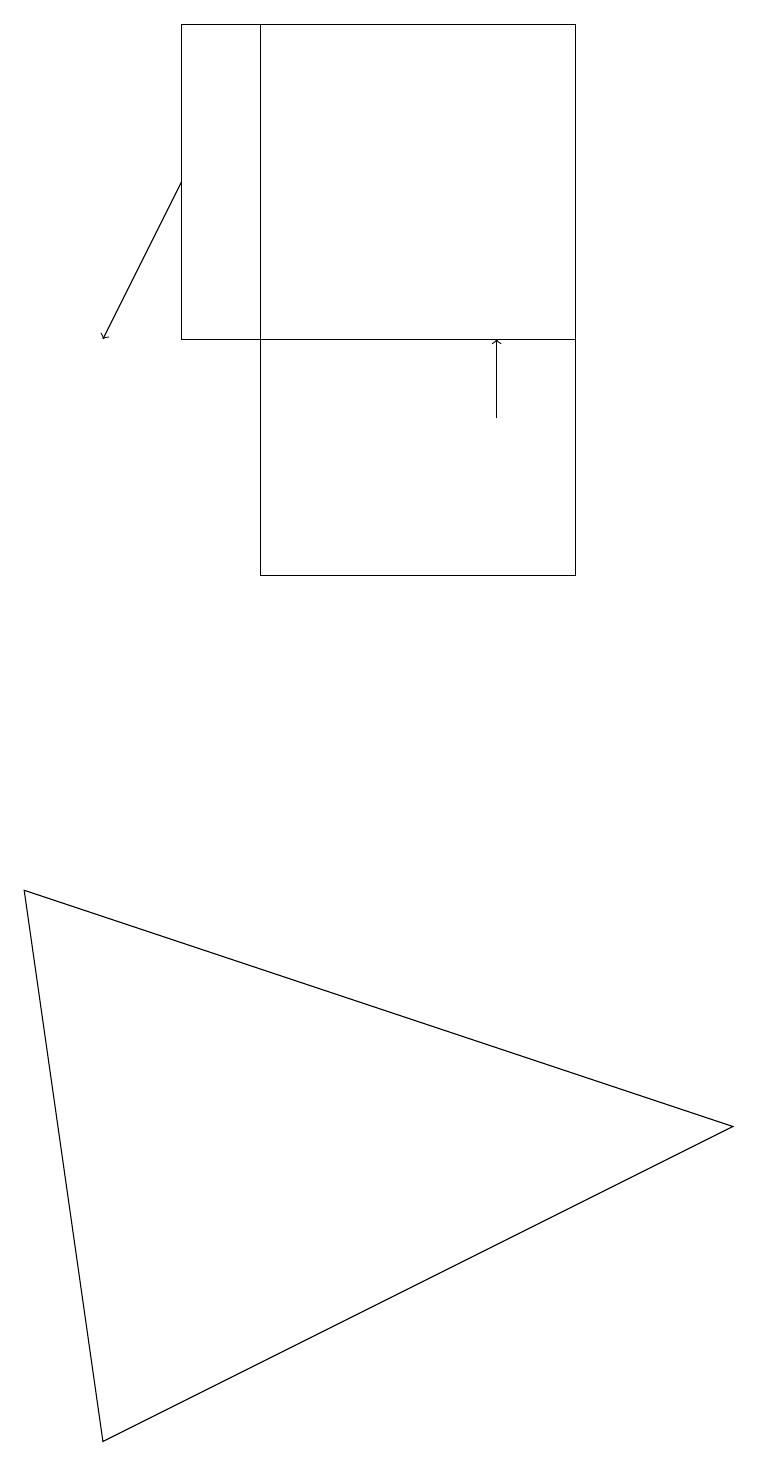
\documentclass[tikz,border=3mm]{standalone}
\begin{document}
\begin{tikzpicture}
\draw[->] (2,17) -- (1,15);
\draw (7,12) rectangle (3,19);
\draw[->] (6,14) -- (6,15);
\draw (2,15) rectangle (7,19);
\draw (9,5) -- (0,8) -- (1,1) -- cycle;
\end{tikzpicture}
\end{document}